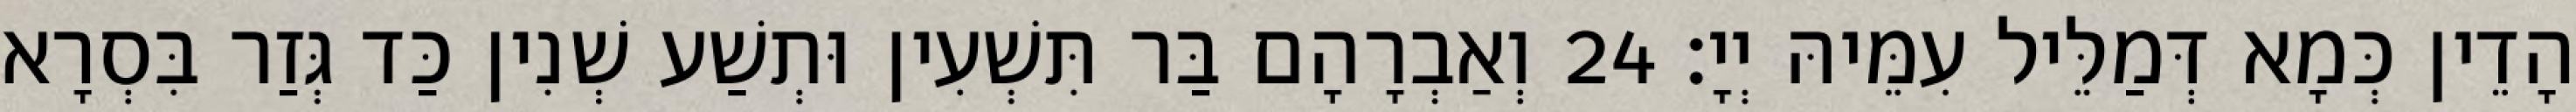
הָדֵין כְּמָא דְּמַלֵּיל עִמֵּיהּ יְיָ׃ 24 וְאַבְרָהָם בַּר תִּשְׁעִין וּתְשַׁע שְׁנִין כַּד גְּזַר בִּסְרָא